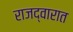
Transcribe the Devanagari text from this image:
राजद्वारात